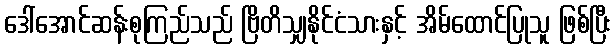
ဒေါ်အောင်ဆန်းစုကြည်သည် ဗြိတိသျှနိုင်ငံသားနှင့် အိမ်ထောင်ပြုသူ ဖြစ်ပြီး